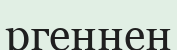
ргеннен